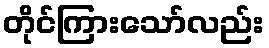
တိုင်ကြားသော်လည်း